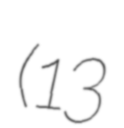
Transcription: (13